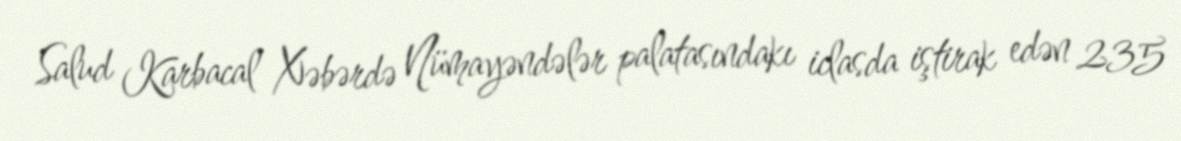
Salud Karbacal Xəbərdə Nümayəndələr palatasındakı iclasda iştirak edən 235